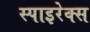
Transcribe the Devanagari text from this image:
स्पाइरेक्स